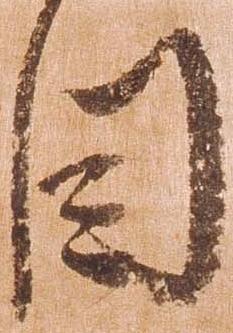
目